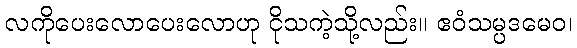
လကိုပေးလောပေးလောဟု ငိုသကဲ့သို့လည်း။ ဧဝံသမ္ပဒမေဝ၊